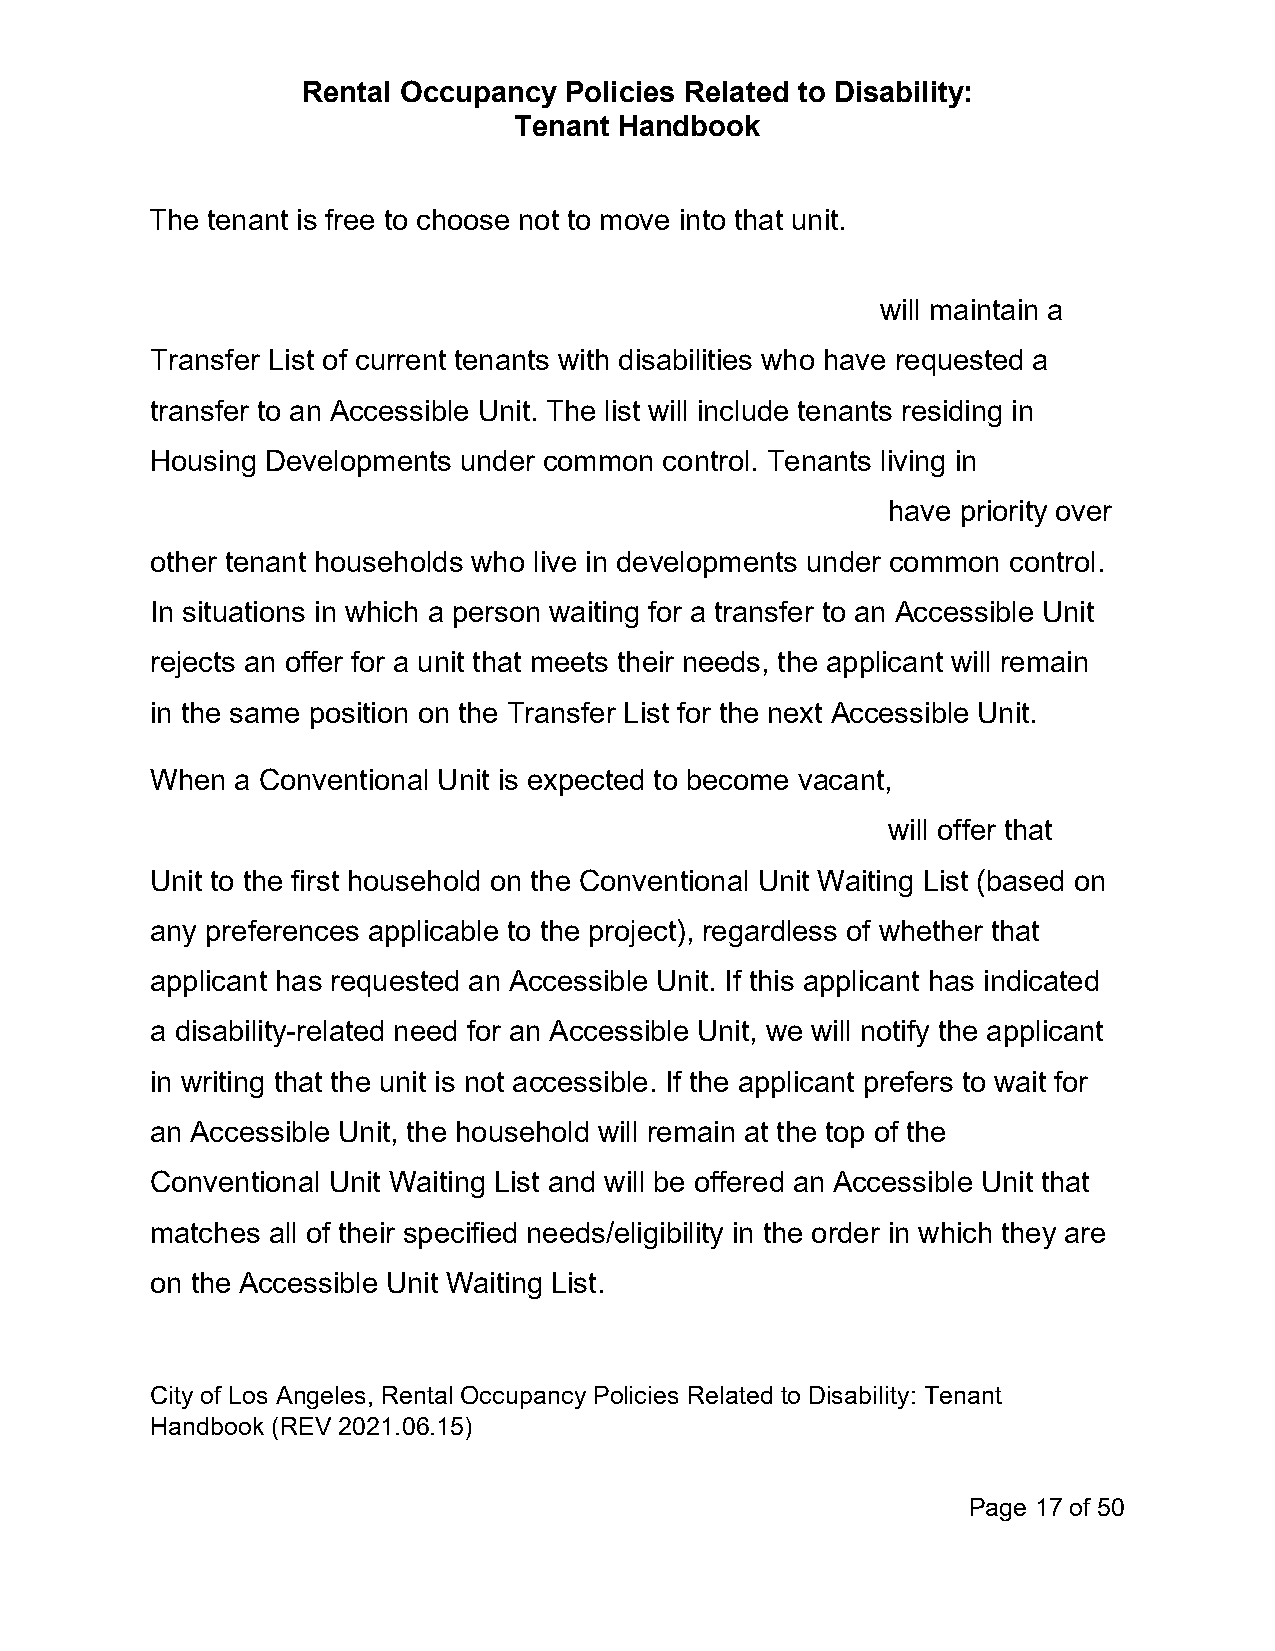
Rental Occupancy Policies Related to Disability:
 Tenant Handbook
 The tenant is free to choose not to move into that unit.
 will maintain a
 Transfer List of current tenants with disabilities who have requested a
 transfer to an Accessible Unit. The list will include tenants residing in
 Housing Developments under common control. Tenants living in
 have priority over
 other tenant households who live in developments under common control.
 In situations in which a person waiting for a transfer to an Accessible Unit
 rejects an offer for a unit that meets their needs, the applicant will remain
 in the same position on the Transfer List for the next Accessible Unit.
 When  a Conventional Unit is expected to become vacant,
 will offer that
 Unit to the first household on the Conventional Unit Waiting List (based on
 any preferences applicable to the project), regardless of whether that
 applicant has requested an Accessible Unit. If this applicant has indicated
 a disability-related need for an Accessible Unit, we will notify the applicant
 in writing that the unit is not accessible. If the applicant prefers to wait for
 an Accessible Unit, the household will remain at the top of the
 Conventional Unit Waiting List and will be offered an Accessible Unit that
 matches all of their specified needs/eligibility in the order in which they are
 on the Accessible Unit Waiting List.
 City of Los Angeles, Rental Occupancy Policies Related to Disability: Tenant
 Handbook (REV 2021.06.15)
 Page 17 of 50